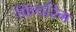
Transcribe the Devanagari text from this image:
फिचरिंग